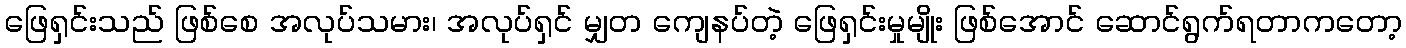
ဖြေရှင်းသည် ဖြစ်စေ အလုပ်သမား၊ အလုပ်ရှင် မျှတ ကျေနပ်တဲ့ ဖြေရှင်းမှုမျိုး ဖြစ်အောင် ဆောင်ရွက်ရတာကတော့